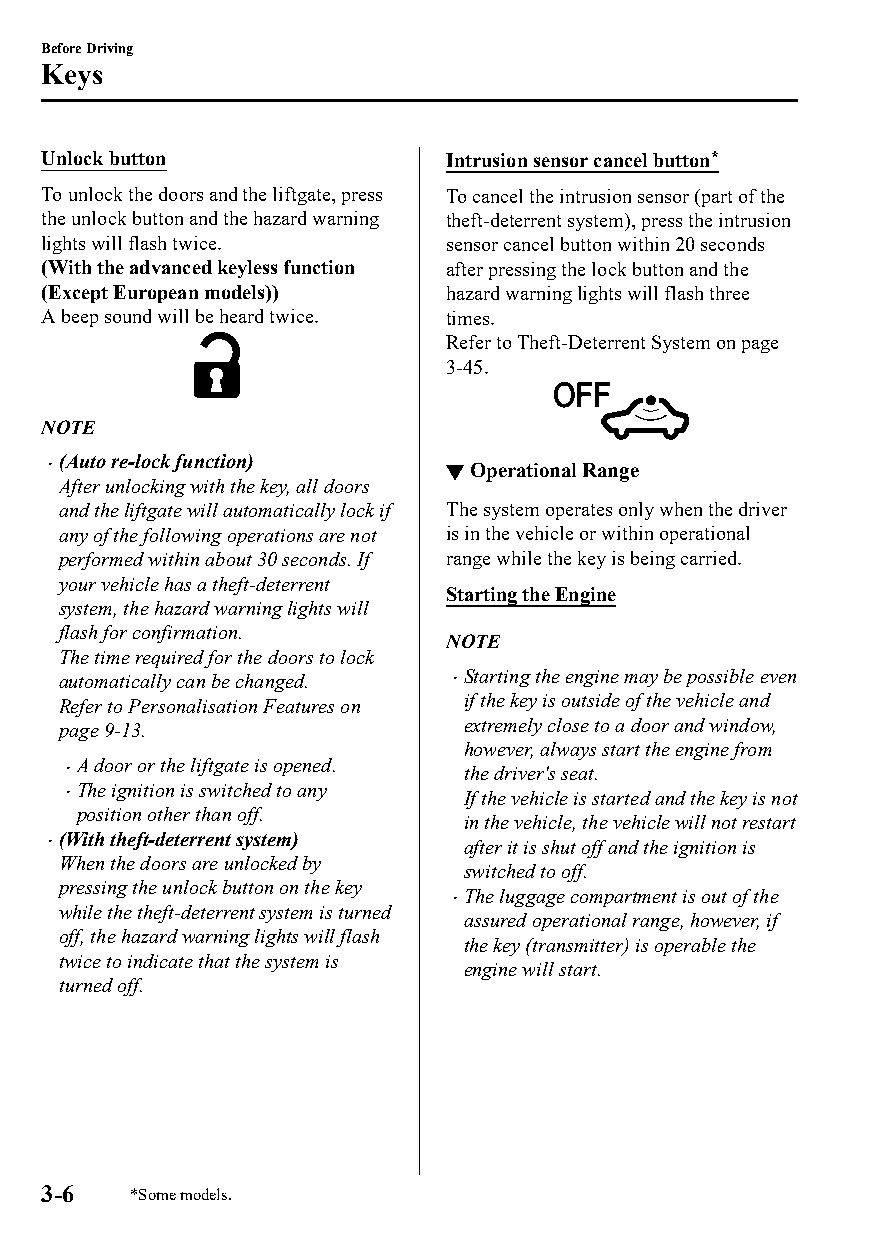
Before Driving
 Keys
 Unlock button              Intrusion sensor cancel button*
 To unlock the doors and the liftgate, press To cancel the intrusion sensor (part of the
 the unlock button and the hazard warning theft-deterrent system), press the intrusion
 lights will flash twice.   sensor cancel button within 20 seconds
 (With the advanced keyless function after pressing the lock button and the
 (Except European models))  hazard warning lights will flash three
 A beep sound will be heard twice. times.
 Refer to Theft-Deterrent System on page
 3-45.
 NOTE
 (Auto re-lock function)
                          ▼Operational Range
 After unlocking with the key, all doors
 and the liftgate will automatically lock if The system operates only when the driver
 any of the following operations are not is in the vehicle or within operational
 performed within about 30 seconds. If range while the key is being carried.
 your vehicle has a theft-deterrent
 Starting the Engine
 system, the hazard warning lights will
 flash for confirmation.
 NOTE
 The time required for the doors to lock
 automatically can be changed. Starting the engine may be possible even
 Refer to Personalisation Features on if the key is outside of the vehicle and
 page 9-13.                extremely close to a door and window,
 however, always start the engine from
 A door or the liftgate is opened.
                          the driver's seat.
 The ignition is switched to any
                          If the vehicle is started and the key is not
 position other than off.
 in the vehicle, the vehicle will not restart
 (With theft-deterrent system)
                           after it is shut off and the ignition is
 When the doors are unlocked by
 switched to off.
 pressing the unlock button on the key
 The luggage compartment is out of the
 
 while the theft-deterrent system is turned
 assured operational range, however, if
 off, the hazard warning lights will flash
 the key (transmitter) is operable the
 twice to indicate that the system is
 engine will start.
 turned off.
 3-6   *Some models.
 CX-3_8GT4-EE-18D_Edition4                  2018-9-6 18:32:19